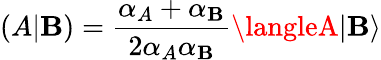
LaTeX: (A|\mathbf{B})=\frac{{\alpha_{A}+\alpha_{\mathbf{B}}}}{{2\alpha_{A}\alpha_{\mathbf{B}}}}\langleA|\mathbf{B}\rangle